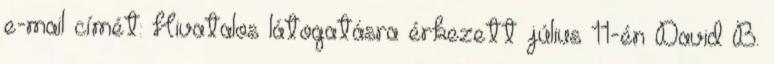
e-mail címét: Hivatalos látogatásra érkezett július 11-én David B.